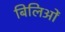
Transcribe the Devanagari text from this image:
बिलिओं